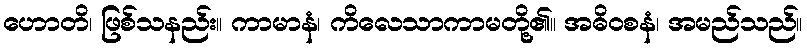
ဟောတိ၊ ဖြစ်သနည်း။ ကာမာနံ၊ ကိလေသာကာမတို့၏။ အဓိဝစနံ၊ အမည်သည်။